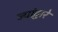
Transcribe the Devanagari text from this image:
ज्यांद्वारे